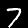
Label: 7